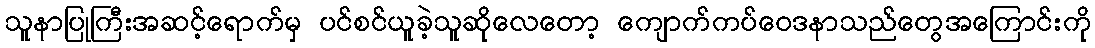
သူနာပြုကြီးအဆင့်ရောက်မှ ပင်စင်ယူခဲ့သူဆိုလေတော့ ကျောက်ကပ်ဝေဒနာသည်တွေအကြောင်းကို